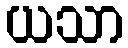
ယသာ